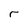
Character: r